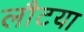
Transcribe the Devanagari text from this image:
लौटया